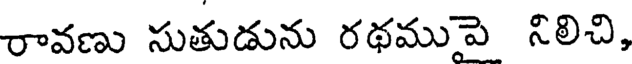
రావణు సుతుడును రథముపై నిలిచి,